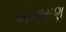
એનાસણ